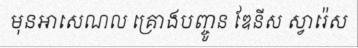
មុនអាសេណល គ្រោងបញ្ចូន ឌែនីស ស្វារ៉េស